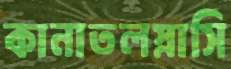
কানাতলস্নাসি